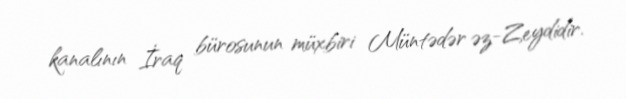
kanalının İraq bürosunun müxbiri Müntədər əz-Zeydidir.